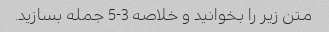
متن زیر را بخوانید و خلاصه 3-5 جمله بسازید.